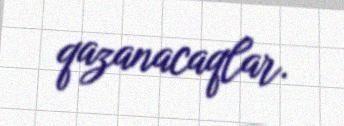
qazanacaqlar.